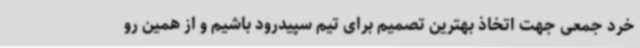
خرد جمعی جهت اتخاذ بهترین تصمیم برای تیم سپیدرود باشیم و از همین رو